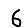
Digit: 6